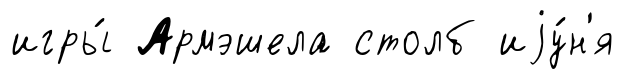
игры́ Армэшела столб иjу́н'я